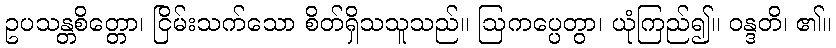
ဥပသန္တစိတ္တော၊ ငြိမ်းသက်သော စိတ်ရှိသသူသည်။ ဩကပ္ပေတွာ၊ ယုံကြည်၍။ ဝန္ဒတိ၊ ၏။